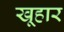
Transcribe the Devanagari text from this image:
खूहार